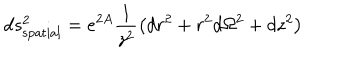
LaTeX: d s _ { \mathrm { s p a t i a l } } ^ { 2 } = e ^ { 2 A } \frac { 1 } { z ^ { 2 } } \left( d r ^ { 2 } + r ^ { 2 } d \Omega ^ { 2 } + d z ^ { 2 } \right)